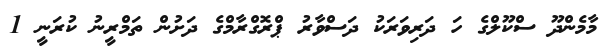
މާމެންދޫ ސްކޫލްގެ ހަ ދަރިވަރަކު ދަސްވާރު ޕްރޮގްރާމްގެ ދަށުން ތަމްރީނު ކުރަނީ 1